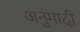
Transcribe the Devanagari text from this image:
अनुमादी